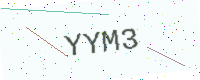
Text: YYM3